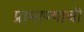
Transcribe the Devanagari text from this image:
प्रामाण्याची